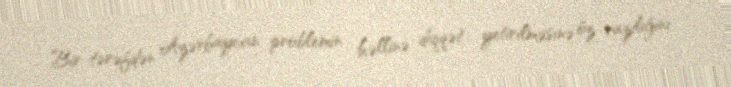
Bir tərəfdən Azərbaycan problemin həllinə diqqət yetirilməsinə öz razılığını